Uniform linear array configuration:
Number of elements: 48
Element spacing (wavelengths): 1
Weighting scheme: hamming
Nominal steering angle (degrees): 30
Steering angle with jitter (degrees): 28.415
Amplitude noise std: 0.05
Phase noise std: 0.05

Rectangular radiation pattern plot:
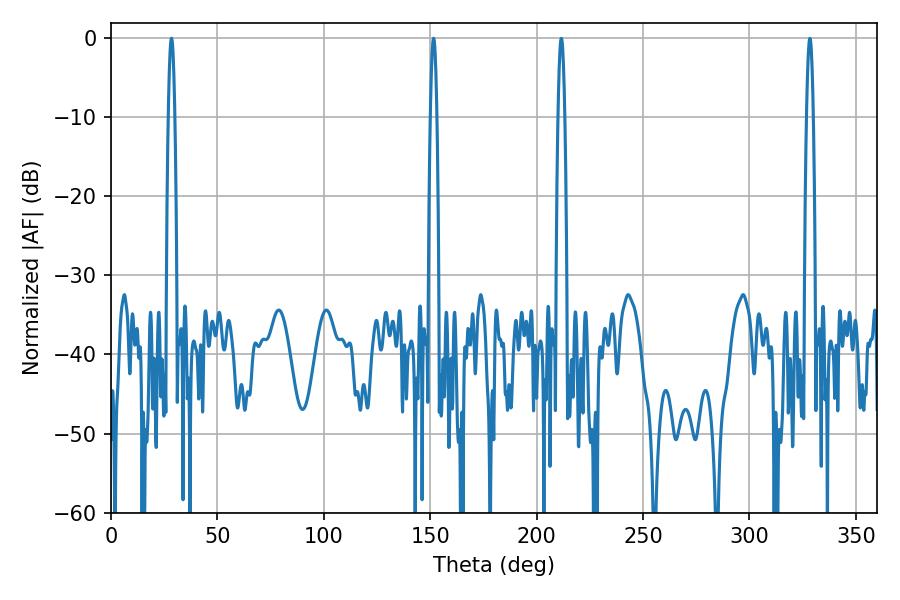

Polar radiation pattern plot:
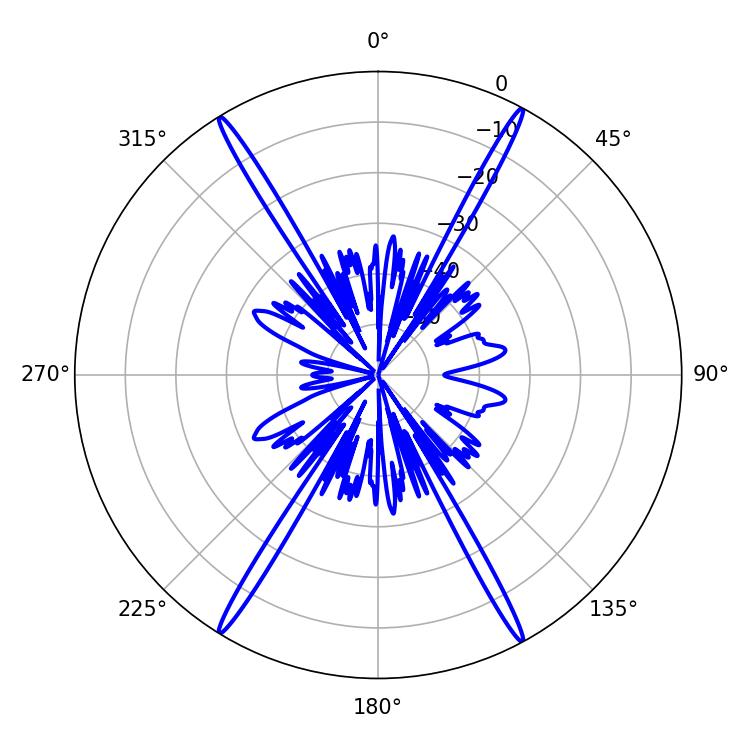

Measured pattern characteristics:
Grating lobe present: TRUE
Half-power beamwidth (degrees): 1.62
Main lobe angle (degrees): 151.56